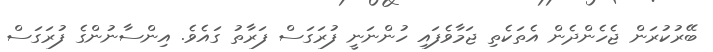
ބޭރުކުރަން ޖެހެންދެން އެތަކެތި ޖަމާވެފައި ހުންނަނީ ފުރަގަސް ފަރާތު ގައެވެ. އިންސާނުންގެ ފުރަގަސް